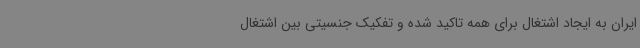
ایران به ایجاد اشتغال برای همه تاکید شده و تفکیک جنسیتی بین اشتغال